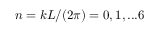
n = k L / ( 2 \pi ) = 0 , 1 , . . . 6